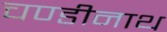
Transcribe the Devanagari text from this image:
चण्‍डीनाथ